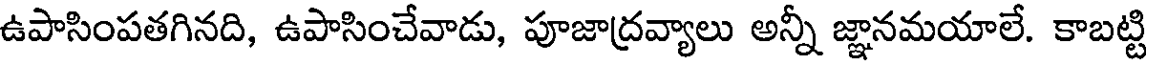
ఉపాసింపతగినది, ఉపాసించేవాడు, పూజాద్రవ్యాలు అన్నీ జ్ఞానమయాలే. కాబట్టి